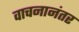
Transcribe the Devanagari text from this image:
वाचनानंतर